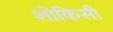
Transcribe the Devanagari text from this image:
शोकिसी